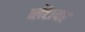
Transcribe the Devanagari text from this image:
ब्लेंटायर